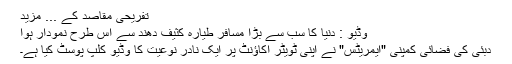
تفریحی مقاصد کے ... مزید
وڈیو : دنیا کا سب سے بڑا مسافر طیارہ کثیف دُھند سے اس طرح نمودار ہوا
دبئی کی فضائی کمپنی "ایمریٹس" نے اپنی ٹویٹر اکاؤنٹ پر ایک نادر نوعیت کا وڈیو کلپ پوسٹ کیا ہے۔